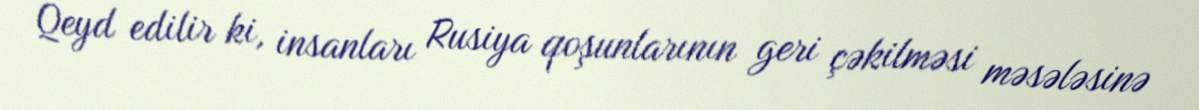
Qeyd edilir ki, insanları Rusiya qoşunlarının geri çəkilməsi məsələsinə